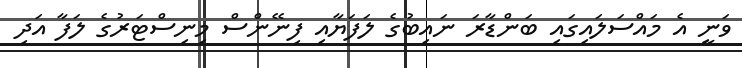
ވަނީ އެ މައްސަލައިގައި ބަންޑާރަ ނައިބުގެ ލަފަޔާއި ފިނޭންސް މިނިސްޓަރުގެ ލަފާ އަދި